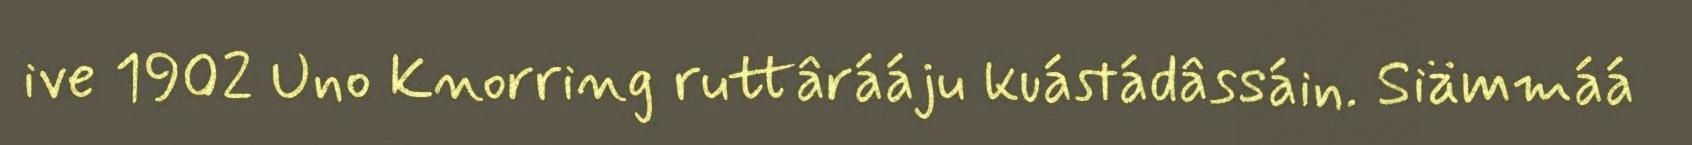
ive 1902 Uno Knorring ruttârááju kuástádâssáin. Siämmáá